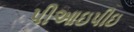
પીઆઇપીઇ